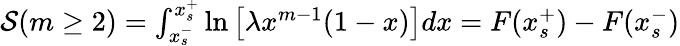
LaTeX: \begin{array}{r}{\mathcal{S}(m\geq 2)=\int_{x_{s}^{-}}^{x_{s}^{+}}{\ln\left[{\lambda{x^{m-1}}(1-x)}\right]dx}=F(x_{s}^{+})-F(x_{s}^{-})}\end{array}